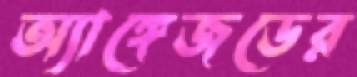
অ্যাঙ্গেজডের